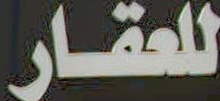
للعقار